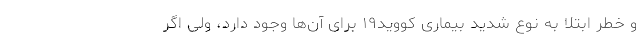
و خطر ابتلا به نوع شدید بیماری کووید۱۹ برای آن‌ها وجود دارد، ولی اگر